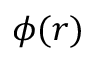
\phi ( r )